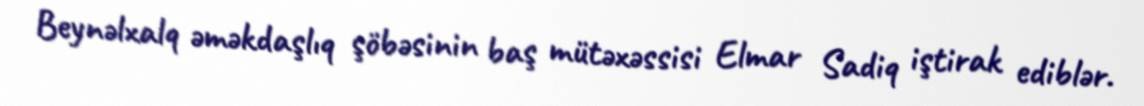
Beynəlxalq əməkdaşlıq şöbəsinin baş mütəxəssisi Elmar Sadiq iştirak ediblər.